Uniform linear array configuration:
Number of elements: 8
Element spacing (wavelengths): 0.75
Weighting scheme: exponential
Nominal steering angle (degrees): -60
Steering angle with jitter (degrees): -59.257
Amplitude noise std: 0.05
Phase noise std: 0.05

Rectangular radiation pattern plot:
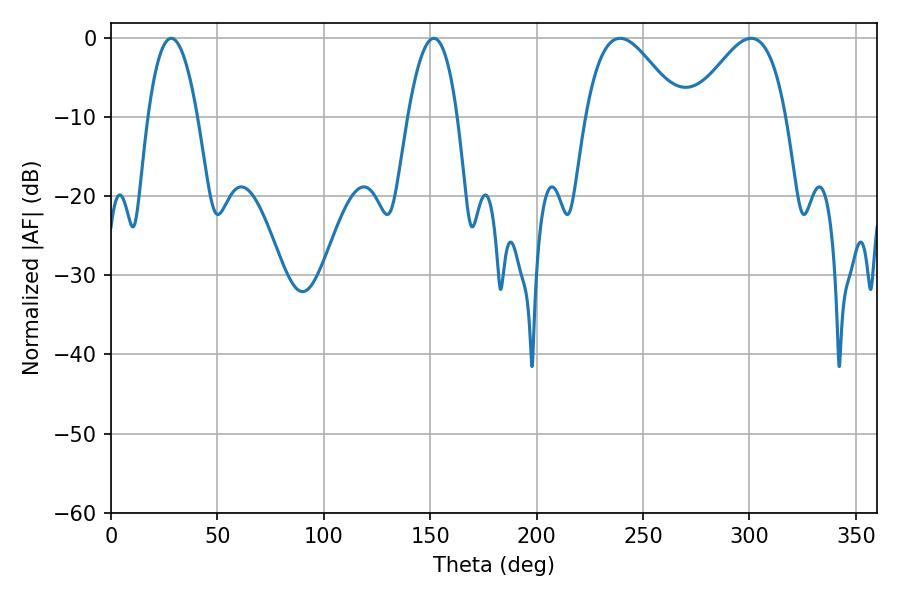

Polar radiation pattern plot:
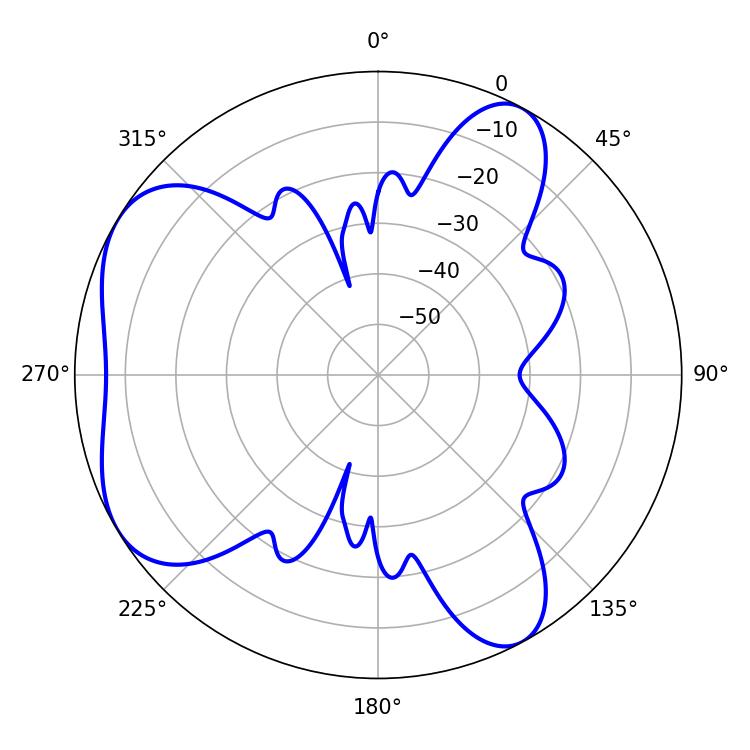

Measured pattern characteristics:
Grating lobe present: TRUE
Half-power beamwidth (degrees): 23.94
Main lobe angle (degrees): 239.22